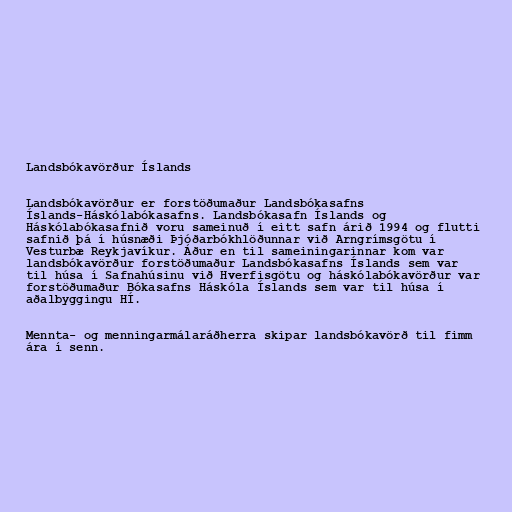
Landsbókavörður Íslands

Landsbókavörður er forstöðumaður Landsbókasafns
Íslands-Háskólabókasafns. Landsbókasafn Íslands og
Háskólabókasafnið voru sameinuð í eitt safn árið 1994 og flutti
safnið þá í húsnæði Þjóðarbókhlöðunnar við Arngrímsgötu í
Vesturbæ Reykjavíkur. Áður en til sameiningarinnar kom var
landsbókavörður forstöðumaður Landsbókasafns Íslands sem var
til húsa í Safnahúsinu við Hverfisgötu og háskólabókavörður var
forstöðumaður Bókasafns Háskóla Íslands sem var til húsa í
aðalbyggingu HÍ.

Mennta- og menningarmálaráðherra skipar landsbókavörð til fimm
ára í senn.